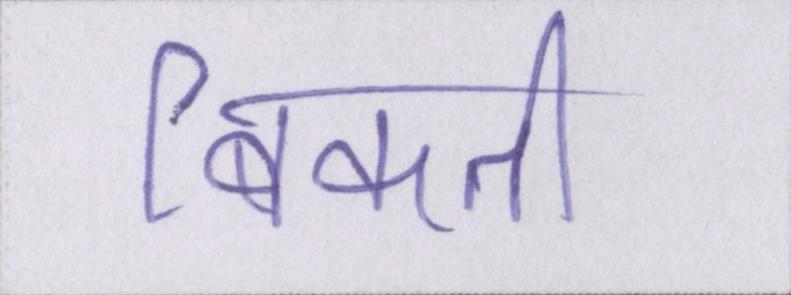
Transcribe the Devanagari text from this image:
बिकती